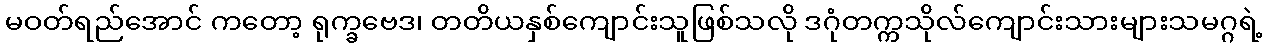
မဝတ်ရည်အောင် ကတော့ ရုက္ခဗေဒ၊ တတိယနှစ်ကျောင်းသူဖြစ်သလို ဒဂုံတက္ကသိုလ်ကျောင်းသားများသမဂ္ဂရဲ့